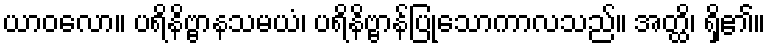
ယာဝလော။ ပရိနိဗ္ဗာနသမယံ၊ ပရိနိဗ္ဗာန်ပြုသောကာလသည်။ အတ္ထိ၊ ရှိ၏။